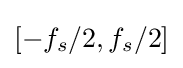
[-f_{s}/2,f_{s}/2]